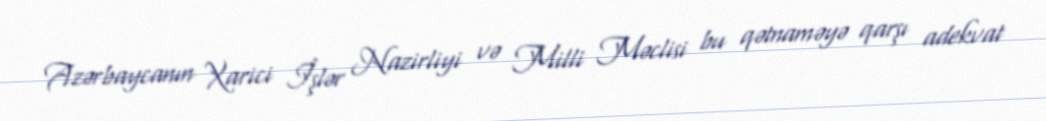
Azərbaycanın Xarici İşlər Nazirliyi və Milli Məclisi bu qətnaməyə qarşı adekvat